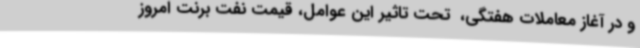
و در آغاز معاملات هفتگی، ‌ تحت تاثیر این عوامل، ‌قیمت نفت برنت امروز